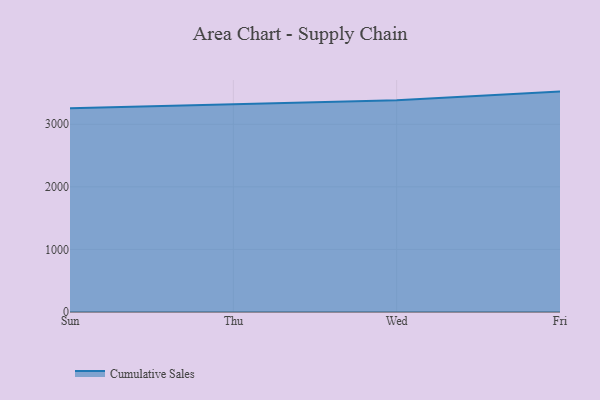
{"axis": {"x": "Day", "y": "Tickets Resolved"}, "legend": ["Cumulative Sales"], "data": [{"x": "Sun", "y": 3256.1, "type": "Cumulative Sales"}, {"x": "Thu", "y": 3321.5, "type": "Cumulative Sales"}, {"x": "Wed", "y": 3382.0, "type": "Cumulative Sales"}, {"x": "Fri", "y": 3521.8, "type": "Cumulative Sales"}]}